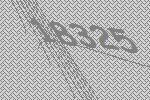
18325